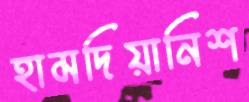
হামদিয়ানিশ